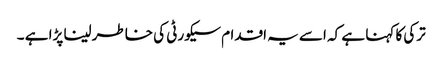
ترکی کا کہنا ہے کہ اسے یہ اقدام سیکورٹی کی خاطر لینا پڑا ہے ۔